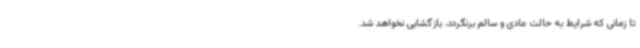
تا زمانی که شرایط به حالت عادی و سالم برنگردد، بازگشایی نخواهد شد.